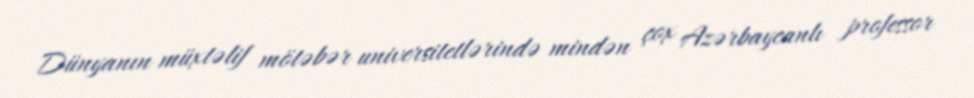
Dünyanın müxtəlif mötəbər universitetlərində mindən çox Azərbaycanlı professor